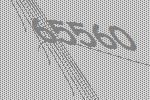
65560